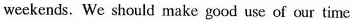
weekends. We should make good use of our time,